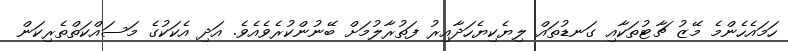
ހަމައެހެންމެ މޭޒު ޗާޓުތަކާއި ގަނޑުތައް ލިޔެކިޔެހަދާއިރު ފަތުރާލުމަށް ބޭނުންކުރެވެއެވެ. އަދި އެކަކުގެ މަސައްކަތްތެރިކަން